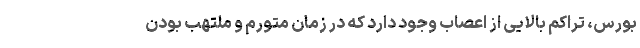
بورس، تراکم بالایی از اعصاب وجود دارد که در زمان متورم و ملتهب بودن